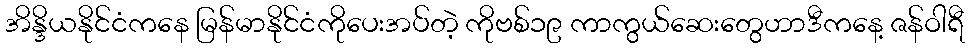
အိန္ဒိယနိုင်ငံကနေ မြန်မာနိုင်ငံကိုပေးအပ်တဲ့ ကိုဗစ်၁၉ ကာကွယ်ဆေးတွေဟာဒီကနေ့ ဇန်ဝါရီ